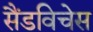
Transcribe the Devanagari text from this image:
सैंडविचेस